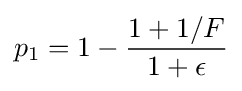
p_{1}=1-{\frac {1+1/F}{1+\epsilon }}